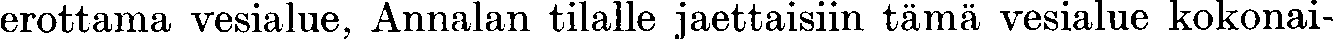
erottama vesialue, Annalan tilalle jaettaisiin tämä vesialue kokonai-